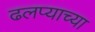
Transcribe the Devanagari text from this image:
ढलप्याच्या